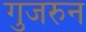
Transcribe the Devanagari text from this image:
गुजरुन